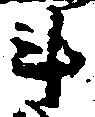
斗